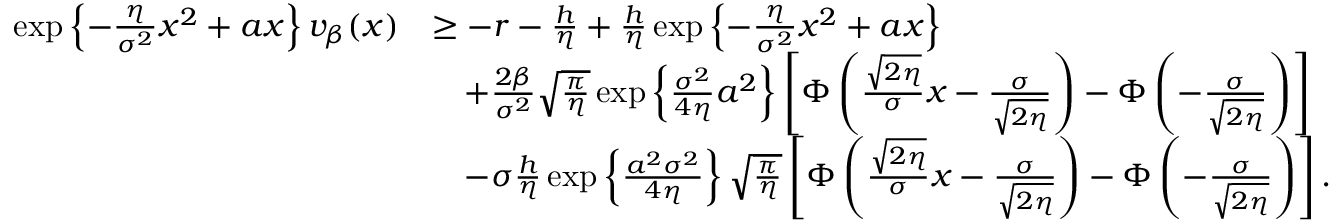
\begin{array} { r l } { \exp \left\{ - \frac { \eta } { \sigma ^ { 2 } } x ^ { 2 } + a x \right\} v _ { \beta } ( x ) } & { \geq - r - \frac { h } { \eta } + \frac { h } { \eta } \exp \left\{ - \frac { \eta } { \sigma ^ { 2 } } x ^ { 2 } + a x \right\} } \\ & { \quad + \frac { 2 \beta } { \sigma ^ { 2 } } \sqrt { \frac { \pi } { \eta } } \exp \left\{ \frac { \sigma ^ { 2 } } { 4 \eta } a ^ { 2 } \right\} \left[ \Phi \left( \frac { \sqrt { 2 \eta } } { \sigma } x - \frac { \sigma } { \sqrt { 2 \eta } } \right) - \Phi \left( - \frac { \sigma } { \sqrt { 2 \eta } } \right) \right] } \\ & { \quad - \sigma \frac { h } { \eta } \exp \left\{ \frac { a ^ { 2 } \sigma ^ { 2 } } { 4 \eta } \right\} \sqrt { \frac { \pi } { \eta } } \left[ \Phi \left( \frac { \sqrt { 2 \eta } } { \sigma } x - \frac { \sigma } { \sqrt { 2 \eta } } \right) - \Phi \left( - \frac { \sigma } { \sqrt { 2 \eta } } \right) \right] . } \end{array}